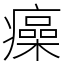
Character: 㿋